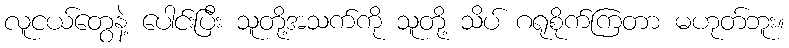
လူငယ်တွေနဲ့ ပေါင်းပြီး သူတို့အသက်ကို သူတို့ သိပ် ဂရုစိုက်ကြတာ မဟုတ်ဘူး။